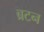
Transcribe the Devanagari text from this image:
ब्रटन